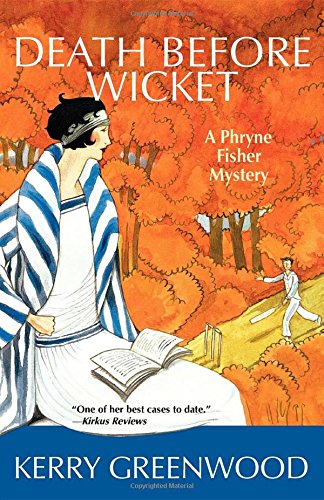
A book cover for Death Before Wicket: A Phryne Fisher Mystery; Kerry Greenwood; Literature & Fiction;